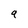
Character: 9